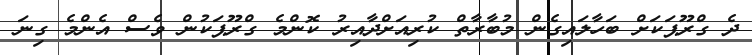
ދެ ގްރޫޕަކަށް ބަހާލައިގެން މުބާރާތް ކުރިއަށްދާއިރު ކޮންމެ ގްރޫޕަކުން ވެސް އެންމެ ގިނަ